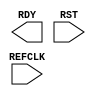
// $Header: /devl/xcs/repo/env/Databases/CAEInterfaces/xec_libs/data/unisims/IDELAYCTRL.v,v 1.1 2005/05/10 01:20:05 wloo Exp $

`timescale 1 ps / 1 ps 

module IDELAYCTRL (RDY, REFCLK, RST);

    output RDY;
    input REFCLK;
    input RST;

endmodule // IDELAYCTRL